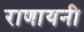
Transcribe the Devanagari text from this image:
राणायनी